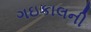
ગઇકાલની